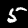
Digit: 5